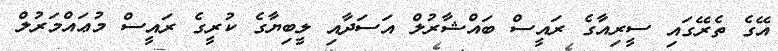
އޭގެ ތެރޭގައި ސީރިއާގެ ރައީސް ބައްޝާރުލް އަސަދާއި ލީބިޔާގެ ކުރީގެ ރައީސް މުޢައްމަރުލް